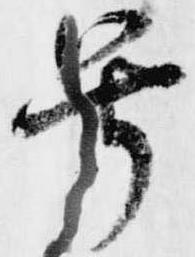
号